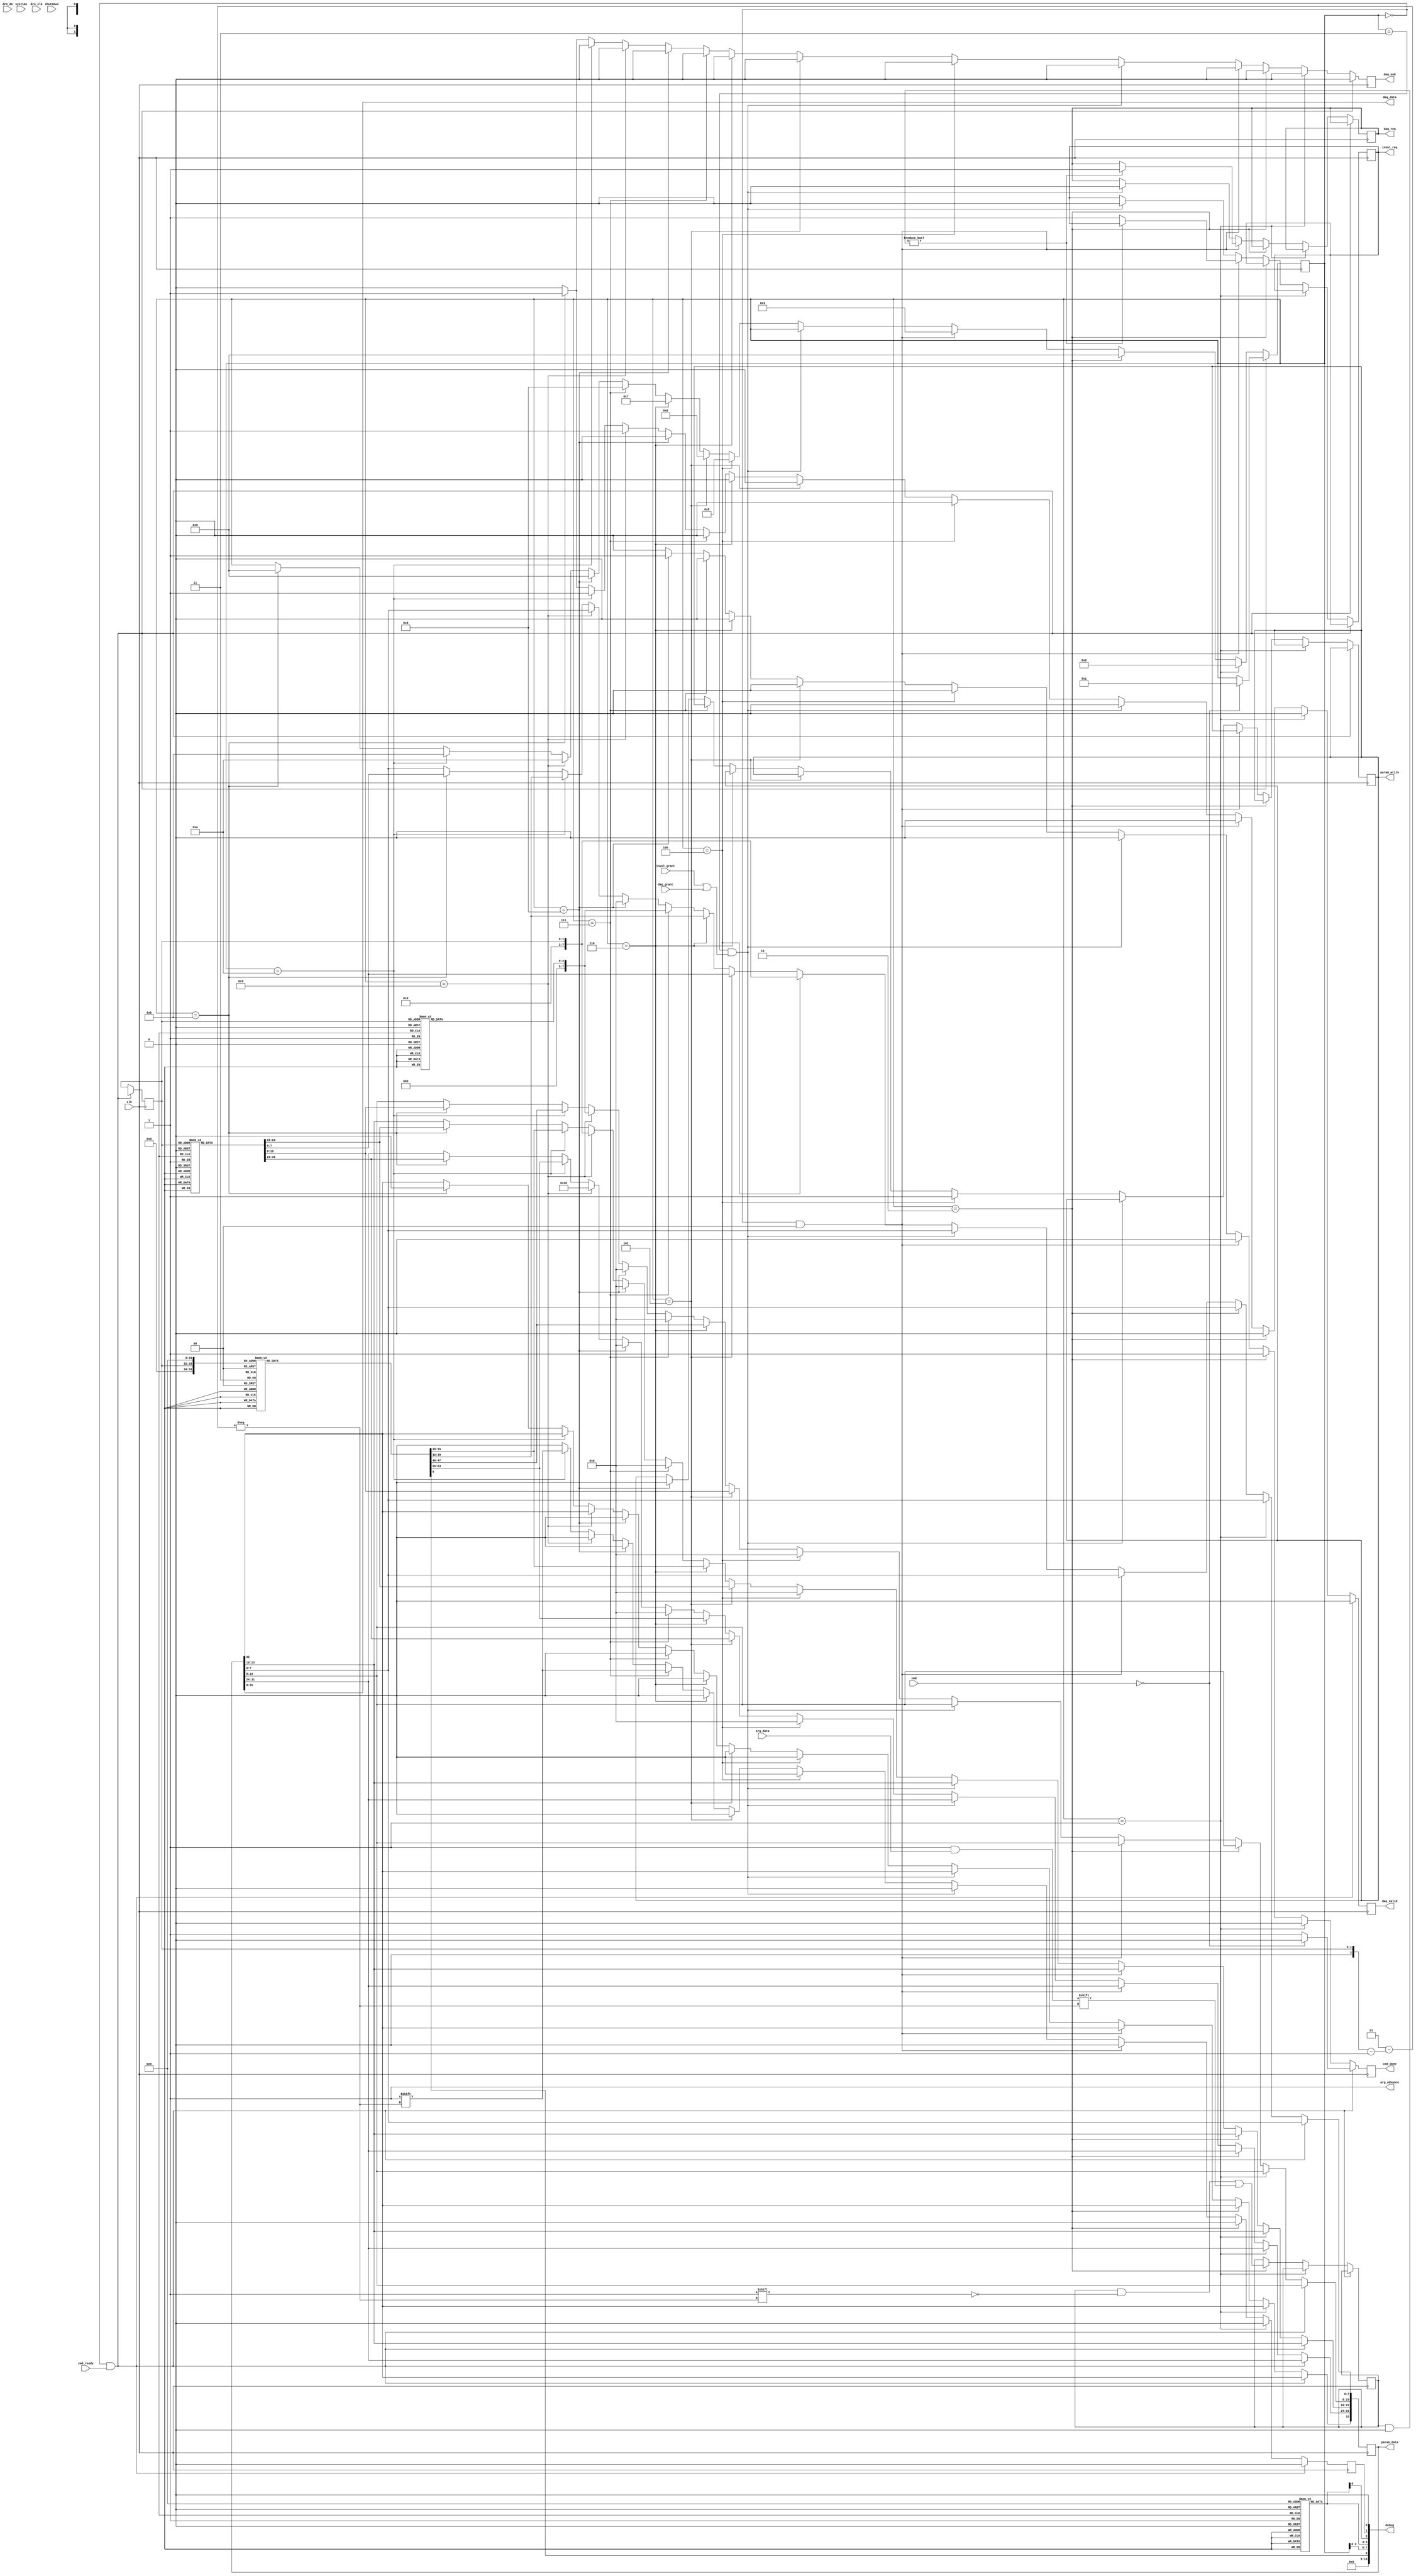
module dro #(
	parameter HZ = 0,
	parameter CMD_BITS = 0,
	parameter NDRO = 0,
	parameter CMD_CONFIG_DRO = 0,
	parameter RSP_DRO_DATA = 0
) (
	input wire clk,
	input wire [31:0] systime,

	input wire [31:0] arg_data,
	output wire arg_advance,
	input wire [CMD_BITS-1:0] cmd,
	input wire cmd_ready,
	output reg cmd_done = 0,

	output reg [32:0] param_data = 0,
	output reg param_write = 0,

	output reg invol_req = 0,
	input wire invol_grant,

	input wire [NDRO-1:0] dro_clk,
	input wire [NDRO-1:0] dro_do,

	output wire [31:0] daq_data,
	output reg daq_end,
	output reg daq_valid = 0,
	output reg daq_req = 0,
	input wire daq_grant,

	output wire [15:0] debug,

	input wire shutdown	/* not used */
);

/*
	CMD_CONFIG_DRO in <channel> <timeout>
	CMD_DRO_READ in <channel> <clock> <val1>
	timeout 0 means disable
*/

/*
 * we always set daq_data and param_data at once,
 * so both can be merged into one by synthesis
 */
assign daq_data = param_data[31:0];

localparam NDRO_BITS = $clog2(NDRO);
reg [NDRO_BITS-1:0] channel = 0;

localparam TIMEOUT_BITS = $clog2(HZ);	/* max timeout 1s */
reg [TIMEOUT_BITS-1:0] timeout [NDRO];
reg [TIMEOUT_BITS-1:0] timeout_cnt [NDRO];
reg [NDRO-1:0] enabled = 0;

/* just keep asserted, we'll read one arg per clock */
assign arg_advance = 1;

reg [31:0] data [NDRO];
reg [4:0] bits [NDRO];
reg [31:0] prev_data [NDRO];
reg [4:0] prev_bits [NDRO];
reg [31:0] starttime [NDRO];
reg [NDRO-1:0] data_valid = 0;
reg [NDRO-1:0] data_ack = 0;

/* intermediate sync stage */
reg [NDRO-1:0] dro_clk1 = 0;
reg [NDRO-1:0] dro_do1 = 0;
reg [NDRO-1:0] dro_clk2 = 0;
reg [NDRO-1:0] dro_do2 = 0;
/* final synced signals */
reg [NDRO-1:0] dclk = 0;
reg [NDRO-1:0] ddo = 0;
/* debounce regs */
localparam DEBOUNCE_CNT = HZ / 1000000;	/* 1us */
localparam DEBOUNCE_BITS = $clog2(DEBOUNCE_CNT + 1);
reg [DEBOUNCE_BITS-1:0] clk_deb_cnt [NDRO];
reg [DEBOUNCE_BITS-1:0] do_deb_cnt [NDRO];

localparam DAQT_DRO_DATA	= 48;

localparam PS_IDLE		= 0;
localparam PS_CONFIG_DRO_1	= 1;
localparam PS_CONFIG_DRO_2	= 2;
localparam PS_WAIT_GRANT	= 3;
localparam PS_DRO_DATA_1	= 4;
localparam PS_DRO_DATA_2	= 5;
localparam PS_DRO_DATA_3	= 6;
localparam PS_DRO_DATA_4	= 7;
localparam PS_DRO_DATA_5	= 8;
localparam PS_DRO_DAQ_1		= 9;
localparam PS_DRO_DAQ_2		= 10;
localparam PS_DRO_DAQ_3		= 11;
localparam PS_MAX		= 11;

localparam PS_BITS= $clog2(PS_MAX + 1);
reg [PS_BITS-1:0] state = 0;

localparam DR_IDLE		= 0;
localparam DR_CLK_LO		= 1;
localparam DR_CLK_HI		= 2;
localparam DR_WAIT_HI		= 3;
localparam DR_MAX		= 3;

localparam DR_BITS= $clog2(DR_MAX + 1);
reg [DR_BITS-1:0] dr_state [NDRO];
reg [NDRO-1:0] use_daq = 0;

integer i;
initial begin
	for (i = 0; i < NDRO; i = i + 1) begin
		data[i] = 0;
		prev_data[i] = 32'hffffffff;
		prev_bits[i] = 0;
		starttime[i] = 0;
		clk_deb_cnt[i] = 0;
		do_deb_cnt[i] = 0;
		dr_state[i] = DR_IDLE;
		timeout[i] = 0;
		timeout_cnt[i] = 0;
		bits[i] = 0;
	end

end

/* receive state machine */
always @(posedge clk) begin
	/*
	 * sync to our domain
	 */
	dro_clk1 <= dro_clk;
	dro_do1 <= dro_do;
	dro_clk2 <= dro_clk1;
	dro_do2 <= dro_do1;

	/*
	 * debounce
	 */
	for (i = 0; i < NDRO; i = i + 1) begin
		if (dclk[i] != dro_clk2[i]) begin
			if (clk_deb_cnt[i] == 0)
				clk_deb_cnt[i] <= DEBOUNCE_CNT;
			else if (clk_deb_cnt[i] == 1)
				dclk[i] <= dro_clk2[i];
			else
				clk_deb_cnt[i] <= clk_deb_cnt[i] - 1;
		end else begin
			clk_deb_cnt[i] <= 0;
		end
		if (ddo[i] != dro_do2[i]) begin
			if (do_deb_cnt[i] == 0)
				do_deb_cnt[i] <= DEBOUNCE_CNT;
			else if (do_deb_cnt[i] == 1)
				ddo[i] <= dro_do2[i];
			else
				do_deb_cnt[i] <= do_deb_cnt[i] - 1;
		end else begin
			do_deb_cnt[i] <= 0;
		end
	end

	/*
	 * parser
	 */
	for (i = 0; i < NDRO; i = i + 1) begin
		if (timeout_cnt[i])
			timeout_cnt[i] <= timeout_cnt[i] - 1;
		if (data_valid[i] && data_ack[i])
			data_valid[i] <= 0;
		if (!enabled[i]) begin
			dr_state[i] <= DR_IDLE;
			data_valid[i] <= 0;
			timeout_cnt[i] <= 0;
		end else if (dr_state[i] == DR_IDLE && dclk[i] == 0) begin
			data[i] <= 0;
			bits[i] <= 0;
			data_valid[i] <= 0;
			dr_state[i] <= DR_CLK_LO;
			starttime[i] <= systime;
			timeout_cnt[i] <= timeout[i];
		end else if (dr_state[i] == DR_CLK_LO && dclk[i] == 1) begin
			data[i] <= { data[i][30:0], ddo[i] };
			bits[i] <= bits[i] + 1'b1;
			timeout_cnt[i] <= timeout[i];
			dr_state[i] <= DR_CLK_HI;
		end else if (dr_state[i] == DR_CLK_HI && dclk[i] == 0) begin
			timeout_cnt[i] <= timeout[i];
			dr_state[i] <= DR_CLK_LO;
		end else if (dr_state[i] == DR_WAIT_HI && dclk[i] == 1) begin
			dr_state[i] <= DR_IDLE;
		end else if (timeout_cnt[i] == 1 && dclk[i] == 0) begin
			dr_state[i] <= DR_WAIT_HI;
			timeout_cnt[i] <= 0;
		end else if (timeout_cnt[i] == 1 && dclk[i] == 1) begin
			if (data[i] != prev_data[i] || bits[i] != prev_bits[i] || use_daq[i])
				data_valid[i] <= 1;
			prev_data[i] <= data[i];
			prev_bits[i] <= bits[i];
			dr_state[i] <= DR_IDLE;
			timeout_cnt[i] <= 0;
		end
	end
end

always @(posedge clk) begin
	if (cmd_done)
		cmd_done <= 0;
	data_ack <= 0;
	daq_end <= 0;
	daq_valid <= 0;

	if (state == PS_IDLE && cmd_ready) begin
		// common to all cmds
		channel <= arg_data[NDRO_BITS-1:0];
		if (cmd == CMD_CONFIG_DRO) begin
			state <= PS_CONFIG_DRO_1;
		end else begin
			cmd_done <= 1;
		end
	end else if (state == PS_CONFIG_DRO_1) begin
		timeout[channel] <= arg_data;
		if (arg_data == 0)
			enabled[channel] <= 0;
		else
			enabled[channel] <= 1;
		state <= PS_CONFIG_DRO_2;
	end else if (state == PS_CONFIG_DRO_2) begin
		use_daq[channel] <= arg_data;
		cmd_done <= 1;
		state <= PS_IDLE;
	end else if (state == PS_IDLE && data_valid) begin
		if (use_daq & data_valid)
			daq_req <= 1;
		else
			invol_req <= 1;
		state <= PS_WAIT_GRANT;
	end else if (state == PS_WAIT_GRANT && (invol_grant || daq_grant)) begin
		invol_req <= 0;
		daq_req <= 0;
		/* arbitrate, highest wins */
		for (i = 0; i < NDRO; i = i + 1) begin
			if (data_valid[i]) begin
				channel <= i;
				if (use_daq[i] & daq_grant)
					state <= PS_DRO_DAQ_1;
				else if (~use_daq[i] & invol_grant)
					state <= PS_DRO_DATA_1;
			end
		end
	end else if (state == PS_DRO_DATA_1) begin
		param_data <= channel;
		param_write <= 1;
		state <= PS_DRO_DATA_2;
	end else if (state == PS_DRO_DATA_2) begin
		param_data <= starttime[channel];
		state <= PS_DRO_DATA_3;
	end else if (state == PS_DRO_DATA_3) begin
		param_data <= data[channel];
		state <= PS_DRO_DATA_4;
	end else if (state == PS_DRO_DATA_4) begin
		param_data <= bits[channel];
		state <= PS_DRO_DATA_5;
		data_ack[channel] <= 1;
	end else if (state == PS_DRO_DATA_5) begin
		cmd_done <= 1;
		param_write <= 0;
		param_data <= RSP_DRO_DATA;
		state <= PS_IDLE;
	end else if (state == PS_DRO_DAQ_1) begin
		param_data[31:24] <= DAQT_DRO_DATA;
		param_data[23:16] <= channel;
		param_data[15:8] <= bits[channel];
		daq_valid <= 1;
		state <= PS_DRO_DAQ_2;
	end else if (state == PS_DRO_DAQ_2) begin
		param_data[31:0] <= data[channel];
		daq_valid <= 1;
		data_ack[channel] <= 1;
		state <= PS_DRO_DAQ_3;
	end else if (state == PS_DRO_DAQ_3) begin
		param_data <= starttime[channel];
		daq_valid <= 1;
		daq_end <= 1;
		state <= PS_IDLE;
	end
end

assign debug[0] = data_valid[0];
assign debug[1] = data_ack[0];
assign debug[2] = dr_state[0];
assign debug[4:3] = dr_state[0];
assign debug[7:5] = state;
assign debug[8] = data[0][7:0];
assign debug[15:9] = 0;

endmodule